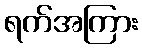
ရက်အကြား